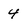
Character: 4